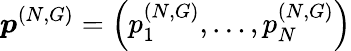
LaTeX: \boldsymbol{p}^{(N,G)}=\left(p_{1}^{(N,G)},\dots,p_{N}^{(N,G)}\right)